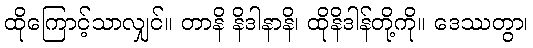
ထိုကြောင့်သာလျှင်။ တာနိ နိဒါနာနိ၊ ထိုနိဒါန်တို့ကို။ ဒေဿတွာ၊